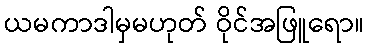
ယမကာဒါမှမဟုတ် ဝိုင်အဖြူရော။